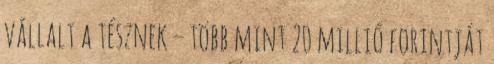
vállalt a tésznek – több mint 20 millió forintját